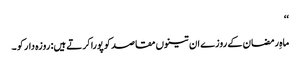
‘‘
ماہِ رمضان کے روزے ان تینوں مقاصد کو پورا کرتے ہیں: روزہ دار کو ۔